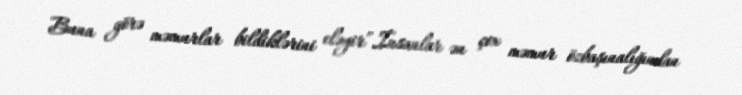
Buna görə məmurlar bildiklərini eləyir”.İnsanlar ən çox məmur özbaşınalığından